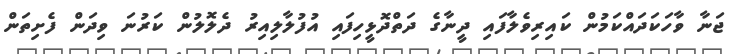
ޖަނާ ވާހަކަދައްކަމުން ކައިރިވެލާފައި ދީނާގެ ދަތްދޮޅީހިފައި އުފުލާލިއިރު ދެލޮލުން ކަރުނަ ވިދަން ފެށިތަން